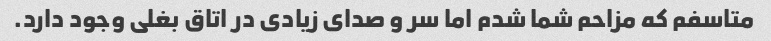
متاسفم که مزاحم شما شدم اما سر و صدای زیادی در اتاق بغلی وجود دارد.